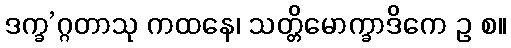
ဒက္ခ’ဂ္ဂတာသု ကထနေ၊ သတ္တိမောက္ခာဒိကေ ဥ စ။